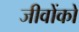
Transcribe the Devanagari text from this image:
जीवोंको